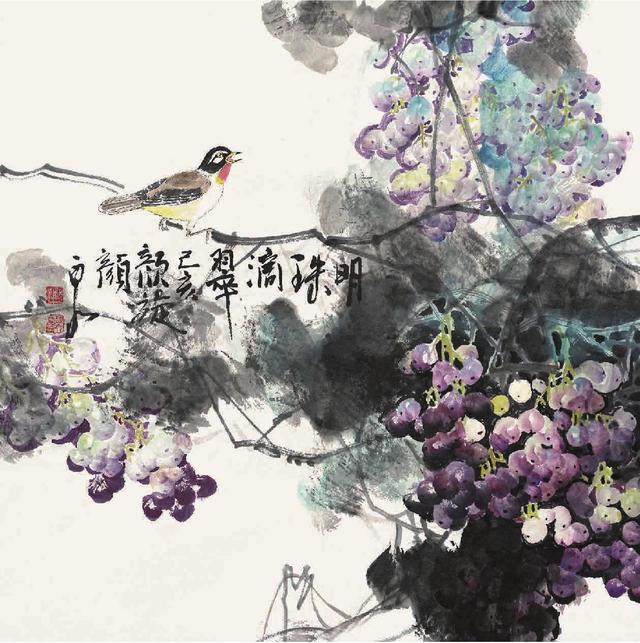
诸侯之宝三土地人民政事，宝珠玉者，殃必及身。